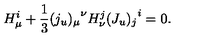
H _ { \mu } ^ { i } + { \frac { 1 } { 3 } } { ( j _ { u } ) _ { \mu } } ^ { \nu } H _ { \nu } ^ { j } { ( J _ { u } ) _ { j } } ^ { i } = 0 .